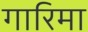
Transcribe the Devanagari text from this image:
गारिमा